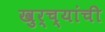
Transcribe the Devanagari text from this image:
खुर्च्यांची